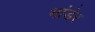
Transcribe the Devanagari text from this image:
भांडेर